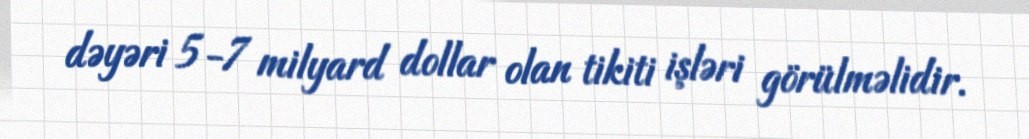
dəyəri 5-7 milyard dollar olan tikiti işləri görülməlidir.